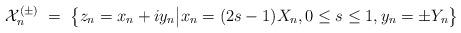
LaTeX: \begin{align*}\mathcal{X}_{n}^{(\pm)} \; = \; \bigl\{ z_n = x_n + iy_n\big\vert x_n = (2s-1) X_n, 0 \le s \le 1, y_n = \pm Y_n \bigr\}\end{align*}